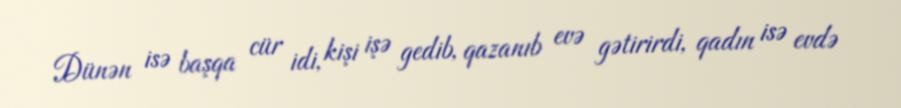
Dünən isə başqa cür idi, kişi işə gedib, qazanıb evə gətirirdi, qadın isə evdə